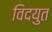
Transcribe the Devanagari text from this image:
विदयुत